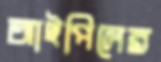
আইপিলের